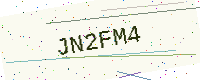
Text: JN2FM4